38_143685_box_Incident_Summaries_173-233
Agency: Department of War
Page 127
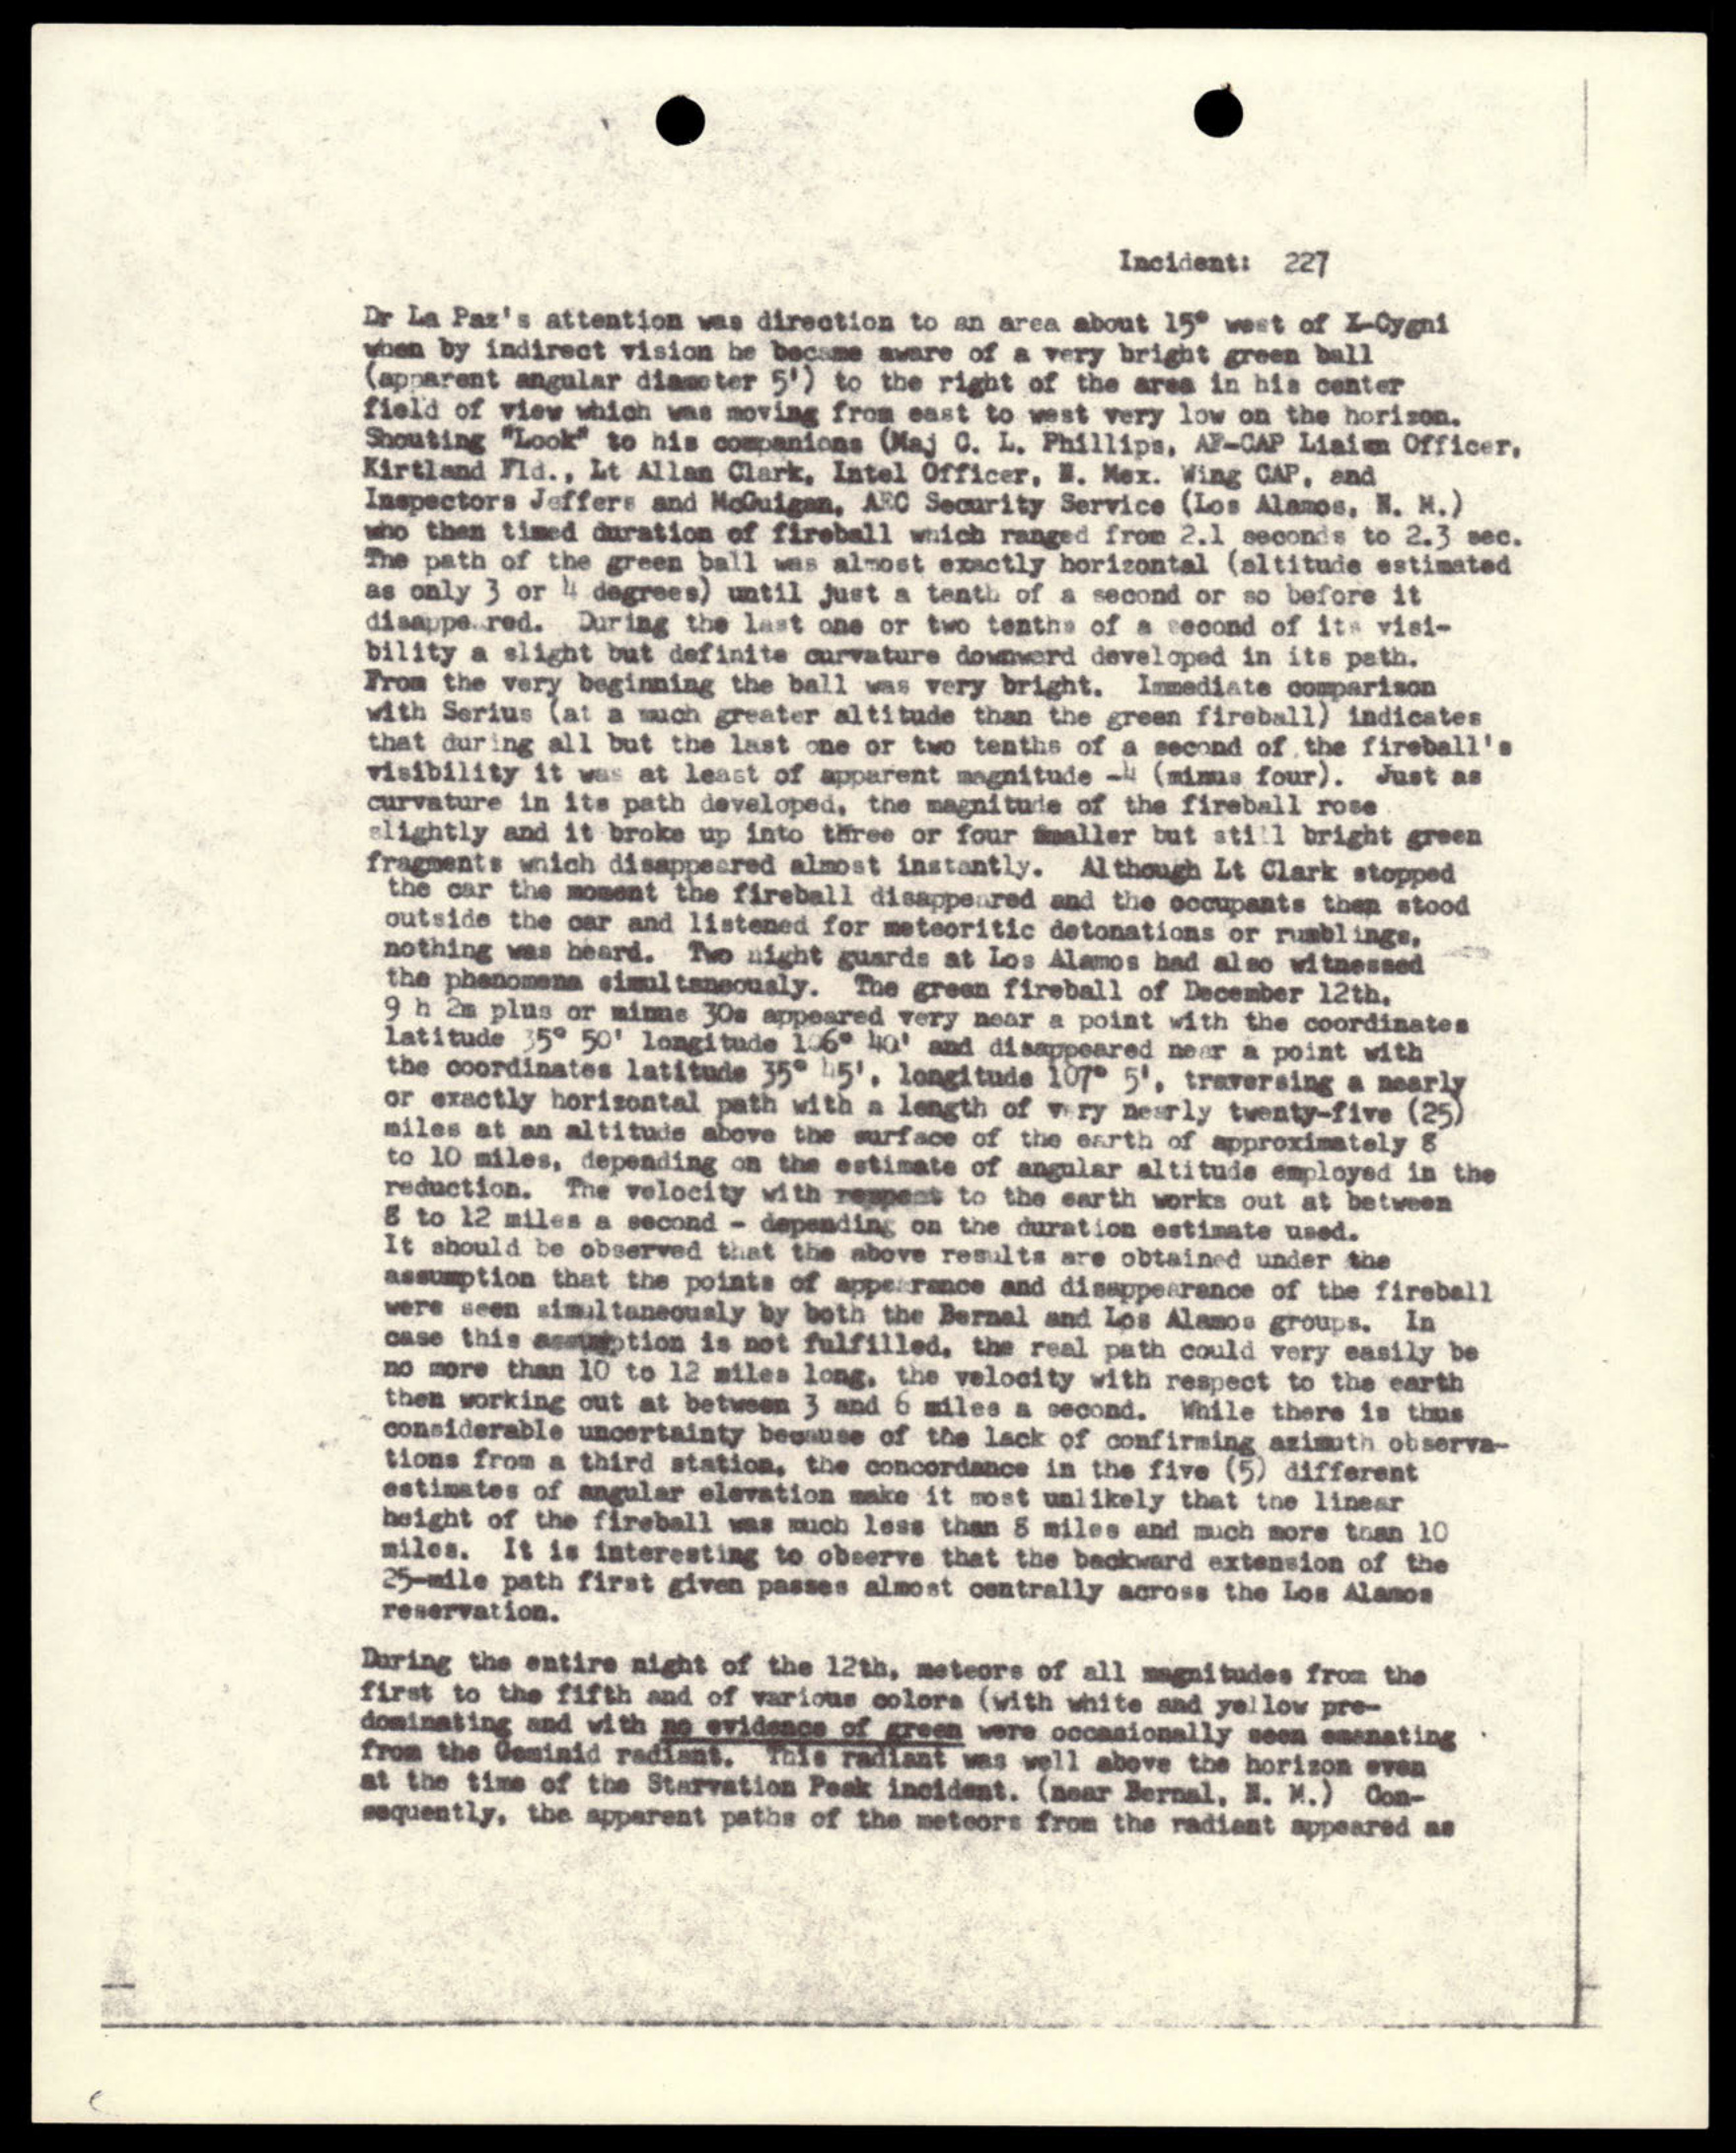